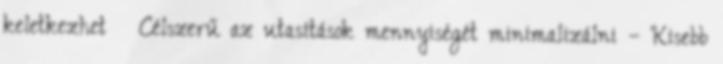
keletkezhet ● Célszerű az utasítások mennyiségét minimalizálni – Kisebb